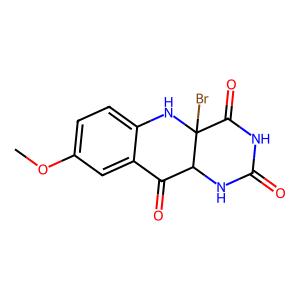
SMILES: COc1ccc2c(c1)C(=O)C1NC(=O)NC(=O)C1(Br)N2
Inhibits HIV replication: No